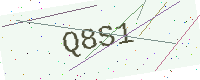
Text: Q8S1